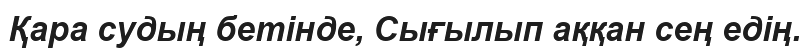
Қара судың бетінде, Сығылып аққан сең едің.